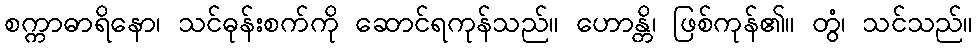
စက္ကာဓာရိနော၊ သင်ဓုန်းစက်ကို ဆောင်ရကုန်သည်။ ဟောန္တိ၊ ဖြစ်ကုန်၏။ တွံ၊ သင်သည်။